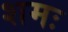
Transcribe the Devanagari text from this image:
शमः